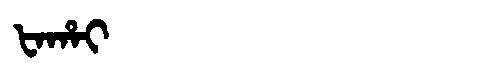
Manchu: ᡶᠠᡥᠠᡳ
Romanization: FAHAI